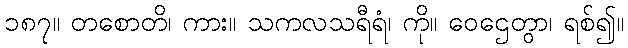
၁၈၇။ တစောတိ၊ ကား။ သကလသရီရံ၊ ကို။ ဝေဌေတွာ၊ ရစ်၍။